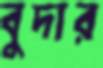
বুদার